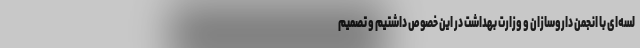
لسه‌ای با انجمن داروسازان و وزارت بهداشت در این خصوص داشتیم و تصمیم